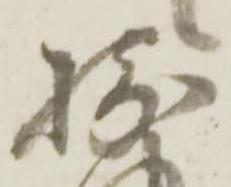
摂